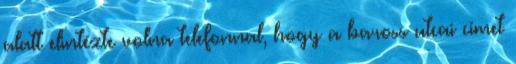
alatt elintézte volna telefonnal, hogy a baross utcai címet